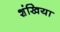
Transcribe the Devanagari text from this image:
शंखिया